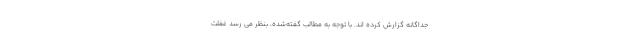
جداگانه گزارش کرده اند. با توجه به مطالب گفته‌شده، بنظر می رسد غفلت